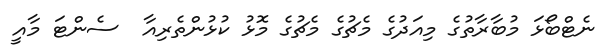
ނެޓްބޯޅަ މުބާރާތުގެ މިއަދުގެ މެޗުގެ މެޗުގެ މޮޅު ކުޅުންތެރިއާ  ސެންޓަ މާއީ